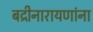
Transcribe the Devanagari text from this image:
बद्रीनारायणांना